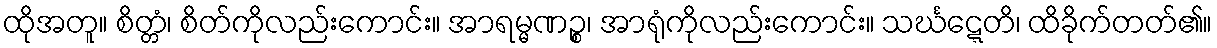
ထိုအတူ။ စိတ္တံ၊ စိတ်ကိုလည်းကောင်း။ အာရမ္မဏဉ္စ၊ အာရုံကိုလည်းကောင်း။ သင်္ဃဋ္ဋေတိ၊ ထိခိုက်တတ်၏။